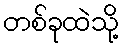
တစ်ခုထဲသို့